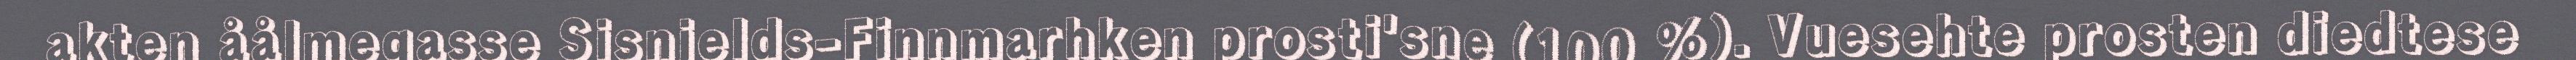
akten åålmegasse Sisnjelds-Finnmarhken prosti'sne (100 %). Vuesehte prosten diedtese